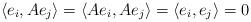
LaTeX: \begin{align*}\langle e_{i}, Ae_{j} \rangle = \langle Ae_{i}, Ae_{j} \rangle = \langle e_{i}, e_{j} \rangle = 0\end{align*}